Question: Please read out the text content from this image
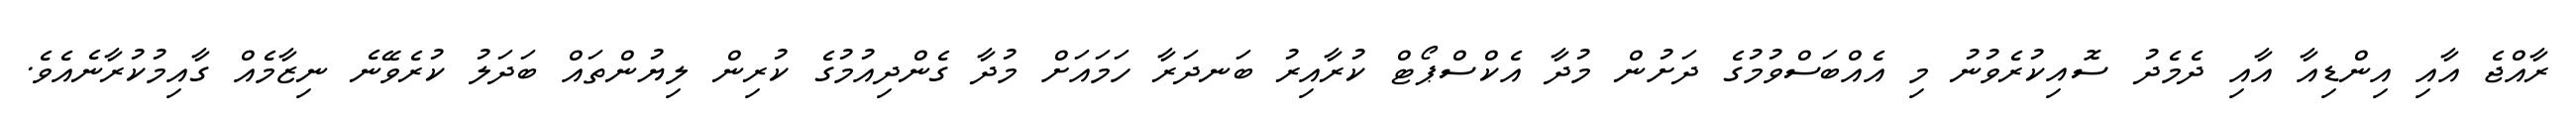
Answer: ރާއްޖެ އާއި އިންޑިއާ އާއި ދެމެދު ސޮއިކުރެވުނު މި އެއްބަސްވުމުގެ ދަށުން މުދާ އެކްސްޕޯޓް ކުރާއިރު ބަނދަރާ ހަމައަށް މުދާ ގެންދިއުމުގެ ކުރިން ލިޔުންތައް ބަދަލު ކުރެވޭނެ ނިޒާމެއް ގާއިމުކުރާނެއެވެ.